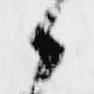
候